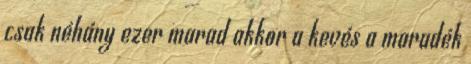
csak néhány ezer marad akkor a kevés a maradék